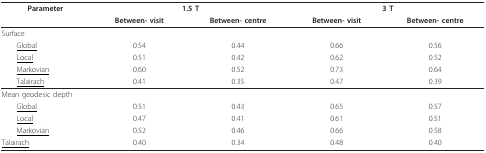
<table><thead><tr><td><b>Parameter</b></td><td colspan="2"><b>1.5 T</b></td><td colspan="2"><b>3 T</b></td></tr><tr><td></td><td><b>Between- visit</b></td><td><b>Between- centre</b></td><td><b>Between- visit</b></td><td><b>Between- centre</b></td></tr></thead><tbody><tr><td colspan="5">Surface</td></tr><tr><td> <underline>Global</underline></td><td>0.54</td><td>0.44</td><td>0.66</td><td>0.56</td></tr><tr><td> <underline>Local</underline></td><td>0.51</td><td>0.42</td><td>0.62</td><td>0.52</td></tr><tr><td> <underline>Markovian</underline></td><td>0.60</td><td>0.52</td><td>0.73</td><td>0.64</td></tr><tr><td> <underline>Talairach</underline></td><td>0.41</td><td>0.35</td><td>0.47</td><td>0.39</td></tr><tr><td colspan="5">Mean geodesic depth</td></tr><tr><td> <underline>Global</underline></td><td>0.51</td><td>0.43</td><td>0.65</td><td>0.57</td></tr><tr><td> <underline>Local</underline></td><td>0.47</td><td>0.41</td><td>0.61</td><td>0.51</td></tr><tr><td> <underline>Markovian</underline></td><td>0.52</td><td>0.46</td><td>0.66</td><td>0.58</td></tr><tr><td><underline>Talairach</underline></td><td>0.40</td><td>0.34</td><td>0.48</td><td>0.40</td></tr></tbody></table>